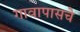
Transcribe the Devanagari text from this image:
गावापासचे